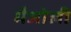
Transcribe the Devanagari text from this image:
मैजोली